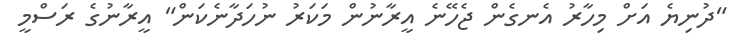
"ދުނިޔެ އަށް މިހާރު އެނގެން ޖެހޭނެ އީރާނުން މަކަރު ނުހަދާނެކަން" އީރާނުގެ ރަސްމީ